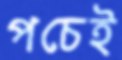
পচেই